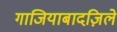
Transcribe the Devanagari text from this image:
गाजियाबादज़िले